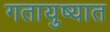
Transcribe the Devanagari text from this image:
गतायुष्यात